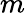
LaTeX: \textit{m}